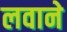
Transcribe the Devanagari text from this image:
लवाने